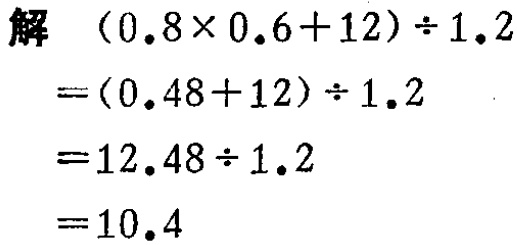
解

\[

\begin{align*}

&(0.8\times0.6 + 12)\div1.2\\

=&(0.48 + 12)\div1.2\\

=&12.48\div1.2\\

=&10.4

\end{align*}

\]